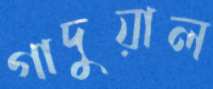
গাদুয়াল